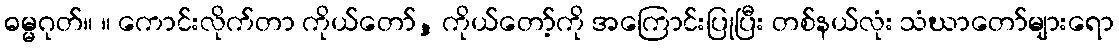
ဓမ္မဂုတ်။ ။ ကောင်းလိုက်တာ ကိုယ်တော်, ကိုယ်တော့်ကို အကြောင်းပြုပြီး တစ်နယ်လုံး သံဃာတော်များရော